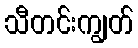
သီတင်းကျွတ်